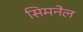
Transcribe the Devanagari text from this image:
सिमनेल